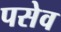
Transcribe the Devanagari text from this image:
पसेव